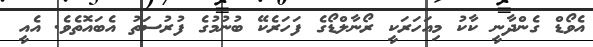
އެވޯޑް ގެންދާނީ ކާކު މިއަހަރަކީ ރޯނާލްޑޯގެ ފަހަރެކޭ ބުނުމުގެ ފުރުސަތު އެބައޮތެވެ. އެއީ